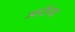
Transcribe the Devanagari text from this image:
मर्शिया